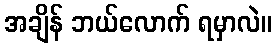
အချိန် ဘယ်လောက် ရမှာလဲ။